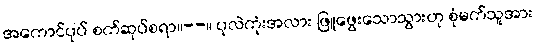
အကောင်ပုပ် စက်ဆုပ်စရာ။--။ ပုလဲကုံးအလား ဖြူဖွေးသောသွားဟု စုံမက်သူအား